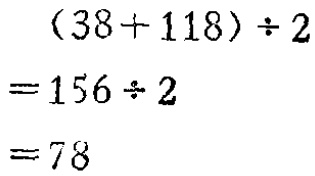
\[

\begin{align*}

(38 + 118)\div2&=156\div2\\

&=78

\end{align*}

\]